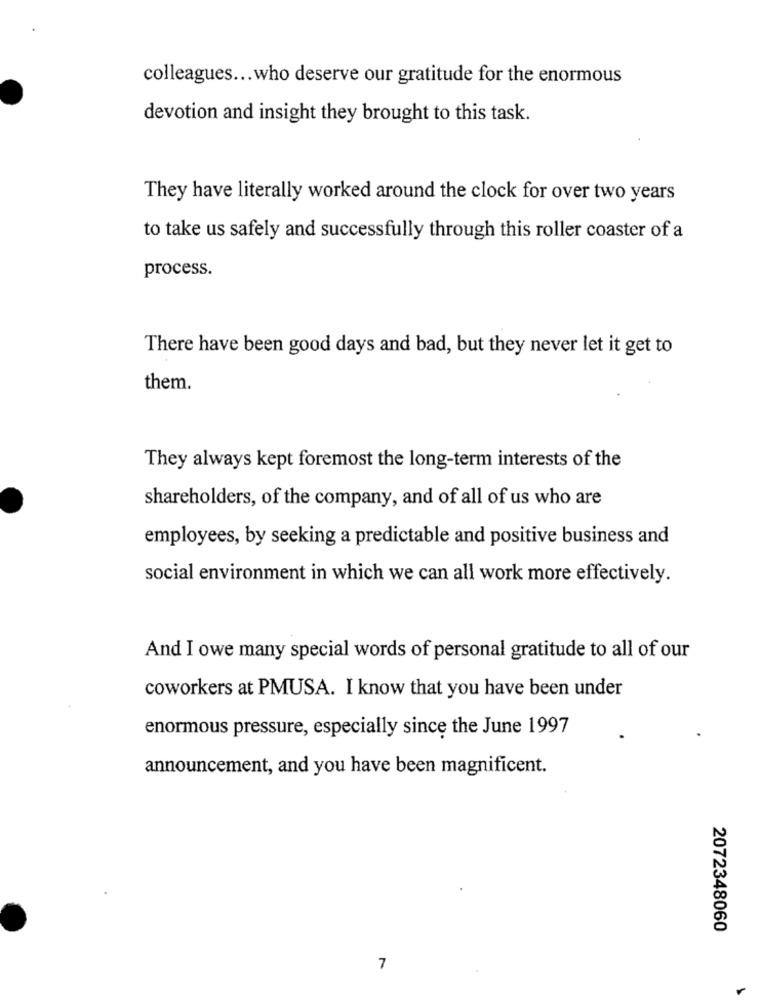
colleagues ... who deserve our gratitude for the enormous
devotion and insight they brought to this task.
They have literally worked around the clock for over two years
to take us safely and successfully through this roller coaster of a
process.
There have been good days and bad, but they never let it get to
them.
They always kept foremost the long-term interests of the
shareholders, of the company, and of all of us who are
employees, by seeking a predictable and positive business and
social environment in which we can all work more effectively.
And I owe many special words of personal gratitude to all of our
coworkers at PMUSA. I know that you have been under
enormous pressure, especially since the June 1997
announcement, and you have been magnificent.
2072348060
7